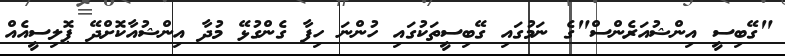
"ގޭބިސީ އިންޝުއަރެންސް"ގެ ނަމުގައި ގޭބިސީތަކުގައި ހުންނަ ހިފާ ގެންގުޅޭ މުދާ އިންޝުއާކޮށްދޭ ޕޮލިސީއެއް